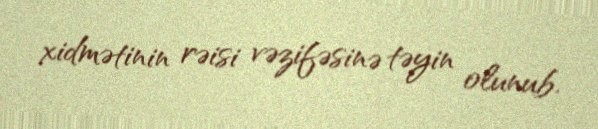
xidmətinin rəisi vəzifəsinə təyin olunub.